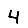
Digit: 4